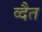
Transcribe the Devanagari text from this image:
व्दैत